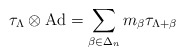
\begin{align*}\tau_\Lambda\otimes \textrm{Ad}= \sum_{\beta\in \Delta_n}m_\beta \tau_{\Lambda+\beta}\end{align*}